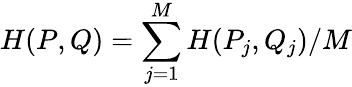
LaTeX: H(P,Q)=\sum_{j=1}^{M}H(P_{j},Q_{j})/M